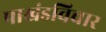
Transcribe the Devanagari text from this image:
पाखंडविचार